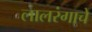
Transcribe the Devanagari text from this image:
लालरंगाचे